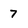
Character: 7